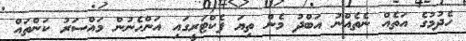
ހެދުމުގެ އަތެއް ނެތެއްނު އަބްދު މެން ތިޔަ ފެކްޓަރީގައި އަންހެނުން މައްސަރު ކަންތައް